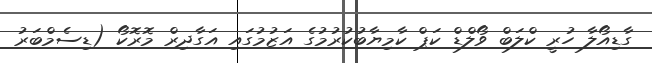
ގާޑިއޯލާ ހުރީ ކްލަބް ވޯލްޑް ކަޕް ކާމިޔާބުކުރުމުގެ އަޒުމުގައި އަގާދިރް މޮރޮކޯ (ޑިސެމްބަރު